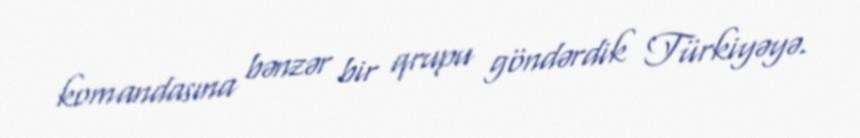
komandasına bənzər bir qrupu göndərdik Türkiyəyə.